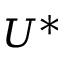
U ^ { * }